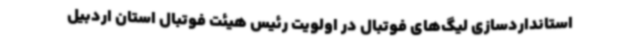
استانداردسازی لیگ‌های فوتبال در اولویت رئیس هیئت فوتبال استان اردبیل